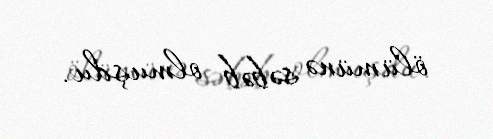
ölümünə səbəb olmuşdu.